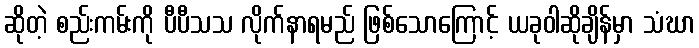
ဆိုတဲ့ စည်းကမ်းကို ပီပီသသ လိုက်နာရမည် ဖြစ်သောကြောင့် ယခုဝါဆိုချိန်မှာ သံဃာ